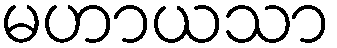
မဟာယသာ